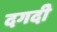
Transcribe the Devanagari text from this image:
दगदी